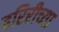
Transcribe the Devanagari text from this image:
हरिरीच्या